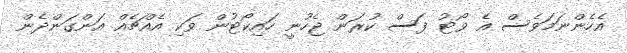
އެހެންނަމަވެސް އެ ވޯޓު ފަސް ކުރަން ޖެހުނީ ހައިކޯޓުން ވަކި އެއްޗެއް އަންގަންދެން